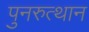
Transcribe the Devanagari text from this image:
पुनरुत्‍थान